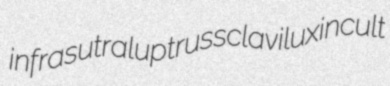
infrasutral uptruss clavilux incult